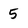
Character: 5